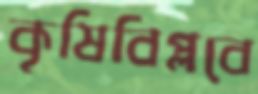
কৃষিবিপ্লবে